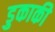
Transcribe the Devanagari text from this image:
डुकाकी